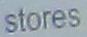
stores